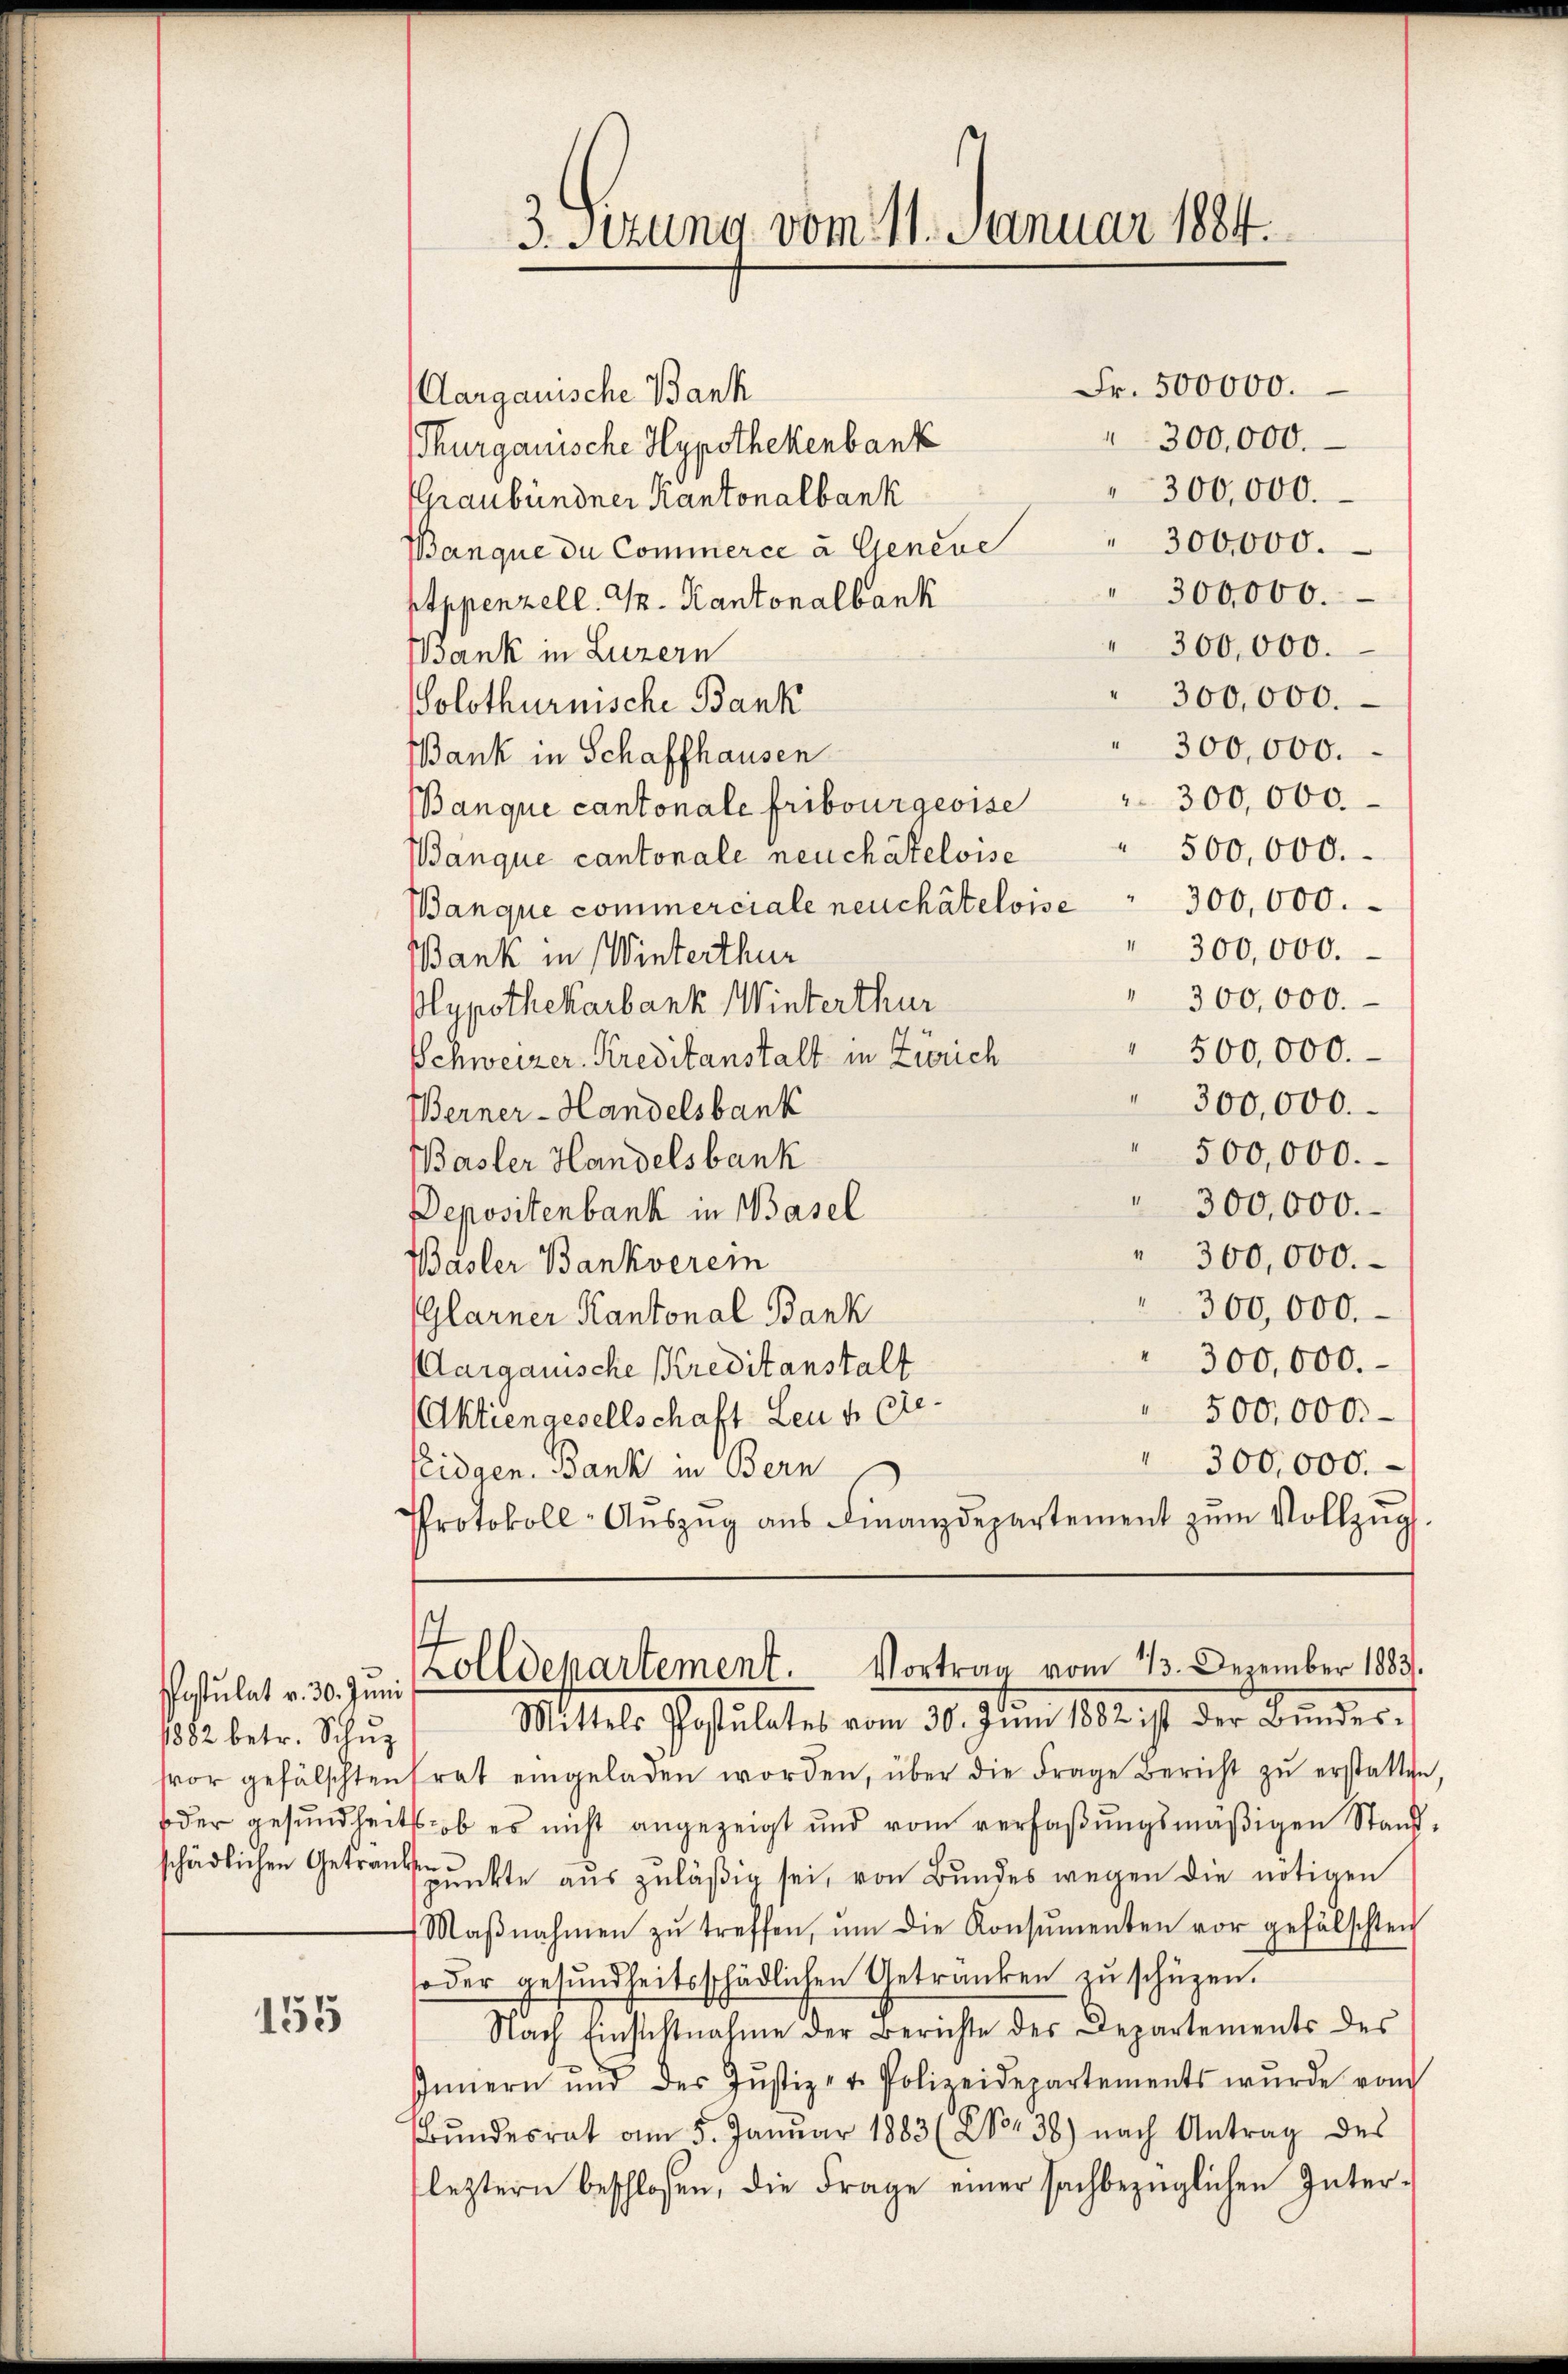
Postulat v. 30. Juni
1882 betr. Schŭz

155

3. Sezung vom 11. Januar 1884.

Fr. 500000.
Aargauische Bank
300,000.
Thurgauische Hypothekenbank
300,000.
Graubündner Kantonalbank
" 300,000.
Banque du Commerce à Geneue
300,000.
Appenzell. Gr. Kantonalbank
300,000.
Bank in Luzern
300,000.
Solothurnische Bank
" 300,000.
Bank in Schaffhausen
Banque cantonale Fribourgeoise " " 300,000.
500,000.
Banque cantonale neuchâteloise
300,000.
Banque commerciale neuchâteloise
300,000.
BBank in Winterthur
300,000.
lypothekarbank Winterthur
500,000.
Schweizer. Kreditanstalt in Zürich
300,000.
Berner-Handelsbank
500,000.
Basler Handelsbank
300,000.
Depositenbank in Basel
300,000.
Basler Bankverein
300,000.
(Glarner Kantonal Bank
300,000.
(Aargauische Kreditanstalt
500,000.
Aktiengesellschaft Leu v. Ste
.
300,000.
Eeidgen. Bank in Bern
Protokoll-Aŭszŭg aŭs Finanzdepartement zŭm Vollzŭg.
Zolldepartement. Vortrag vom 13. Dezember 1883.
Mittels Postulates vom 30. Jŭni 1882 ist der Bŭndes-
sor gefälschten trat eingeladen worden, über die Frage Bericht zŭ erstatten,
oder gesundheits ob es nicht angezeigt und vom verfaßungsmäßigen Standschädlichen Getränkunkte aus zuläßig sei, von Bundes wegen die nötigen
Maβnahmen zŭ treffen, ŭm die Konsŭmenten vor gefälschten
oder gesundheitsschädlichen Getränken zu schüzen.
Nach Einstehtnahme der Berichte des Departements des
Innern und des Jŭstiz- u. Polizeidepartements wŭrde vom
Bŭndesrat am 5. Janŭar 1883 (XVor 38) nach Antrag des
letztern beschlossen, die Frage einer sachbezüglichen Inter-